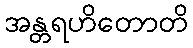
အန္တရဟိတောတိ